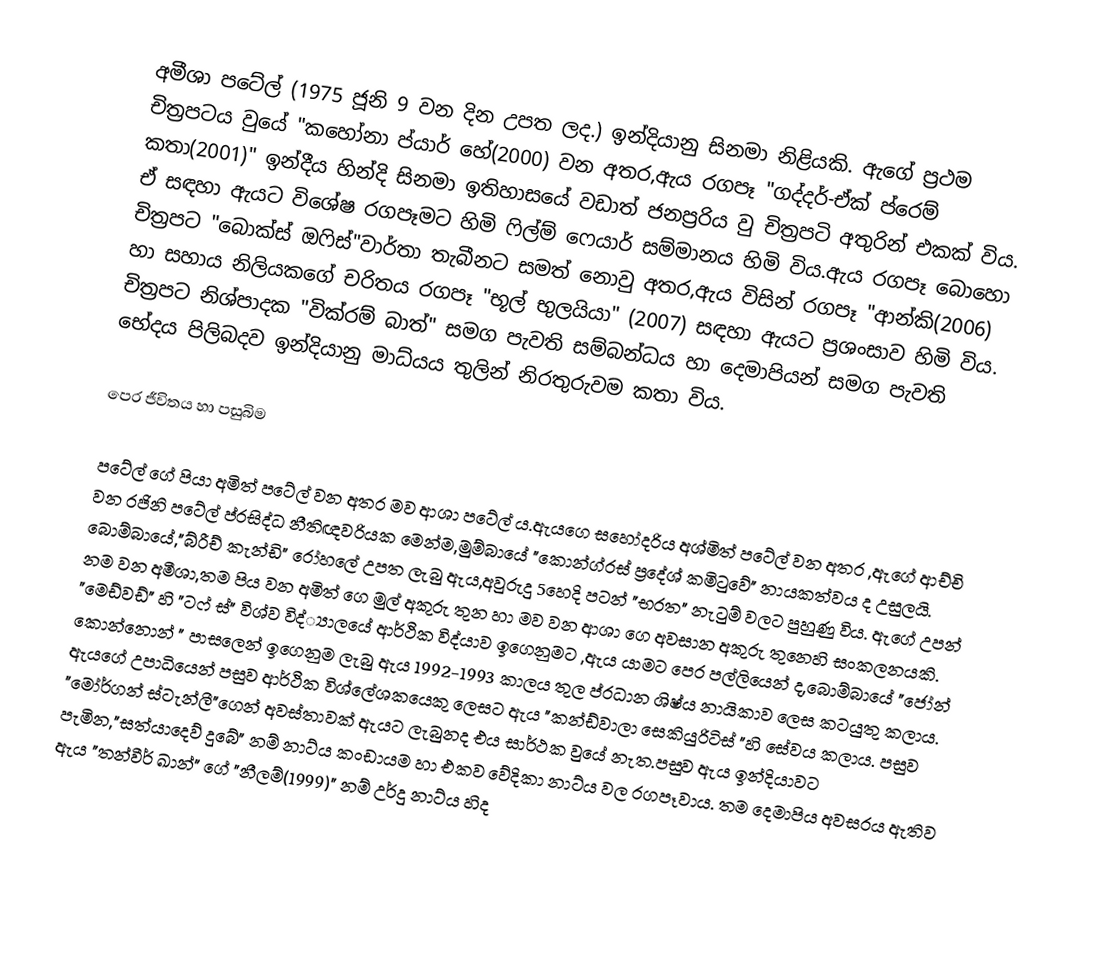
අමීශා පටේල් (1975 ජූනි 9 වන දින උපත ලද.) ඉන්දියානු සිනමා නිළියකි. ඇගේ  ප්‍රථම චිත්‍රපටය වුයේ "කහෝනා ප්යාර් හේ(2000) වන අතර,ඇය රගපෑ "ගද්දර්-ඒක් ප්රෙම් කතා(2001)" ඉන්දීය හින්දි සිනමා ඉතිහාසයේ වඩාත් ජනප්‍රරිය වු චිත්‍රපටි අතුරින් එකක් විය. ඒ සඳහා ඇයට විශේෂ රගපෑමට හිමි ෆිල්ම් ෆෙයාර් සම්මානය හිමි විය.ඇය රගපෑ බොහො චිත්‍රපට "බොක්ස් ඔෆිස්"වාර්තා තැබීනට සමත් නොවු අතර,ඇය විසින් රගපෑ "ආන්කි(2006) හා සහාය නිලියකගේ චරිතය රගපෑ "භූල් භුලයියා" (2007) සඳහා ඇයට ප්‍රශංසාව හිමි විය. චිත්‍රපට නිශ්පාදක "වික්රම් බාත්" සමග පැවති සම්බන්ධය හා දෙමාපියන් සමග පැවති භේදය පිලිබදව ඉන්දියානු මාධ්යය තුලින් නිරතුරුවම කතා විය.

පෙර ජීවිතය හා පසුබිම

පටේල් ගේ පියා අමිත් පටේල් වන අතර මව ආශා පටේල් ය.ඇයගෙ සහෝදරිය අශ්මිත් පටේල් වන අතර ,ඇගේ ආච්චි වන රජිනි පටේල්  ප්රසිද්ධ නීතිඥවරියක මෙන්ම,මුම්බායේ "කොන්ග්රස් ප්‍රදේශ් කමිටුවේ" නායකත්වය ද උසුලයි. බොම්බායේ,"බ්රීච් කැන්ඩි" රෝහලේ උපත ලැබු ඇය,අවුරුදු 5හෙදි පටන් "භරත" නැටුම් වලට පුහුණු විය. ඇගේ උපන් නම වන අමීශා,තම පිය වන අමිත් ගෙ මුල් අකුරු තුන හා මව වන ආශා ගෙ අවසාන අකුරු තුනෙහි සංකලනයකි. "මෙඩ්වඩ්" හි "ටෆ් ස්" විශ්ව විද්්‍යාලයේ ආර්ථික විද්යාව ඉගෙනුමට ,ඇය යාමට පෙර පල්ලියෙන් ද,බොම්බායේ "ජෝන් කොන්නොන් " පාසලෙන් ඉගෙනුම ලැබු ඇය 1992-1993 කාලය තුල ප්රධාන ශිෂ්ය නායිකාව ලෙස කටයුතු කලාය. ඇයගේ උපාධියෙන් පසුව ආර්ථික විශ්ලේශකයෙකු ලෙසට ඇය "කන්ඩ්වාලා සෙකියුරිටිස් "හි සේවය කලාය. පසුව "මෝර්ගන් ස්ටැන්ලී"ගෙන් අවස්තාවක් ඇයට ලැබුනද එය සාර්ථක වුයේ නැත.පසුව ඇය ඉන්දියාවට පැමින,"සත්යාදෙව් දුබේ" නම් නාට්ය කංඩායම හා එකව  වේදිකා  නාට්ය වල රගපෑවාය. තම දෙමාපිය අවසරය ඇතිව ඇය "තන්වීර් ඛාන්" ගේ "නීලම්(1999)" නම් උර්දු නාට්ය හිද